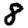
Digit: 8